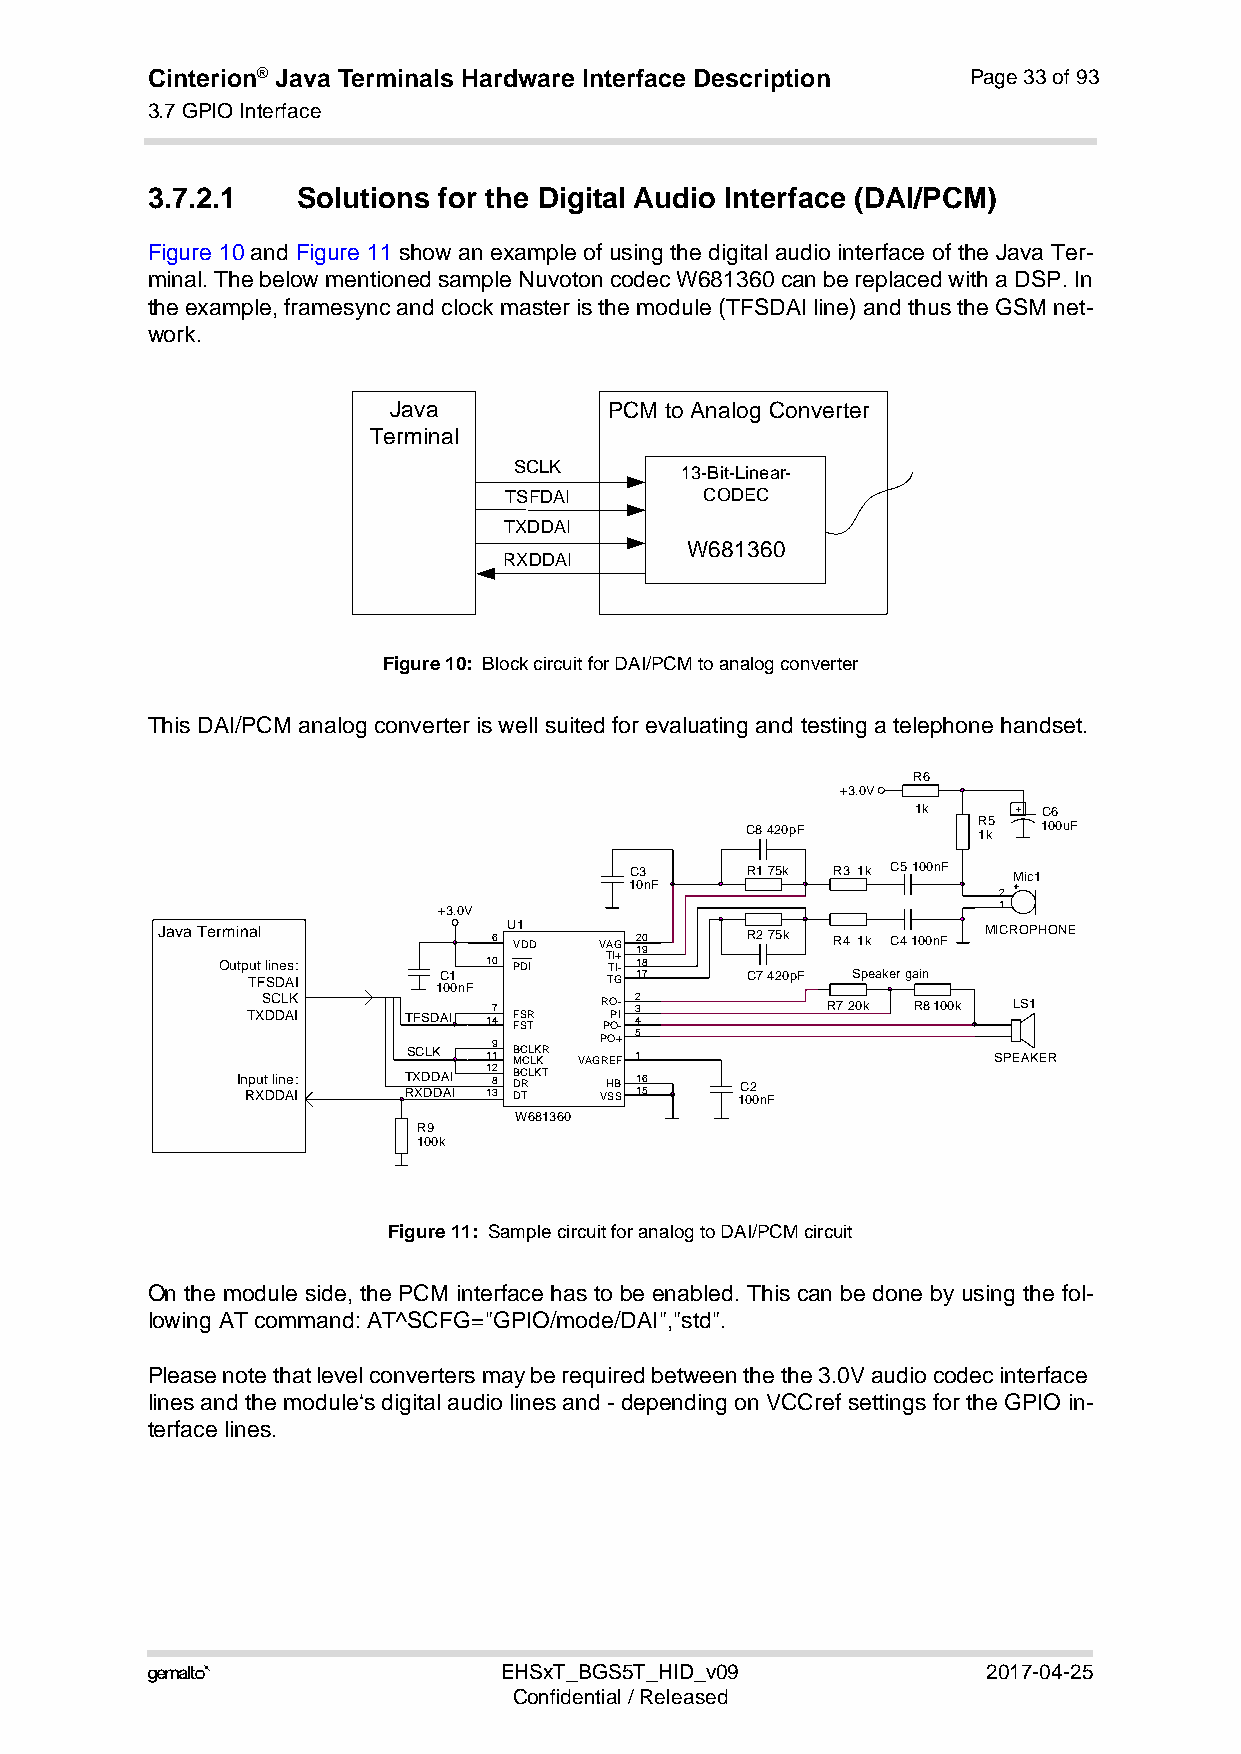
Cinterion® Java Terminals Hardware Interface Description Page 33 of 93
 3.7 GPIO Interface
 44
 3.7.2.1   Solutions for the Digital Audio Interface (DAI/PCM)
 Figure 10 and Figure 11 show an example of using the digital audio interface of the Java Ter-
 minal. The below mentioned sample Nuvoton codec W681360 can be replaced with a DSP. In
 the example, framesync and clock master is the module (TFSDAI line) and thus the GSM net-
 work.
 Java          PCM to Analog Converter
 Terminal
 SCLK
 13-Bit-Linear-
 TSFDAI        CODEC
 TXDDAI
 W681360
 RXDDAI
 Figure 10: Block circuit for DAI/PCM to analog converter
 This DAI/PCM analog converter is well suited for evaluating and testing a telephone handset.
 R6
 +3.0V
 1k    + C6
 C8420pF         1R k5 100uF
 C3     R175k R3 1k C5100nF Mic1
 10nF
 2
 +3.0V                                1
 Java Terminal          6 U V1 DD VAG 12 90 R275k R4 1k C4100nF MICROPHONE
 Outp Tu Ft l Sin De As I: 1C 01
 0nF
 10 PDI  T TTI GI+ - 1 18 7 C7420pF Speaker gain
 TXS DC DL AK I TFSDAI 17 4 FF SS TR R PO OP- I - 42 3 R720k R8100k LS1
 SCLK 19 1 B MC CL LK KR VAGP RO EF+ 5 1 SPEAKER
 In Rp Xut D l Din Ae I: T RX XD DD DA AI I 11 8 32 DDB TRCLKT VH SB S 11 56 1C 02 0nF
 W681360
 R9
 100k
 Figure 11: Sample circuit for analog to DAI/PCM circuit
 On the module side, the PCM interface has to be enabled. This can be done by using the fol-
 lowing AT command: AT^SCFG="GPIO/mode/DAI","std".
 Please note that level converters may be required between the the 3.0V audio codec interface
 lines and the module‘s digital audio lines and - depending on VCCref settings for the GPIO in-
 terface lines.
                       EHSxT_BGS5T_HID_v09             2017-04-25
 Confidential / Released